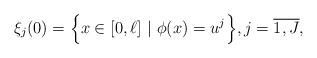
LaTeX: \begin{align*}\xi_j(0)=\Big\{x\in[0,\ell]~|~\phi(x)=u^j\Big\},j=\overline{1,J},\end{align*}